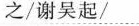
之/谢吴起/